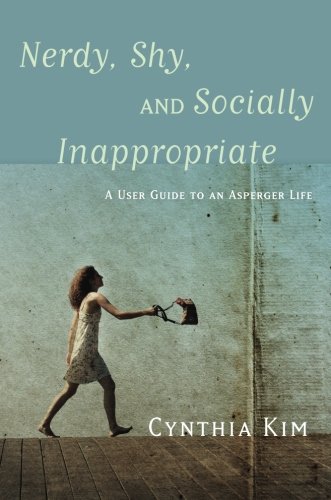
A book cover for Nerdy, Shy, and Socially Inappropriate: A User Guide to an Asperger Life; Cynthia Kim; Parenting & Relationships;